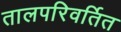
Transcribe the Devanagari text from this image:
तालपरिवर्तित